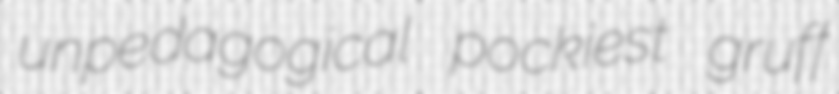
unpedagogical pockiest gruff